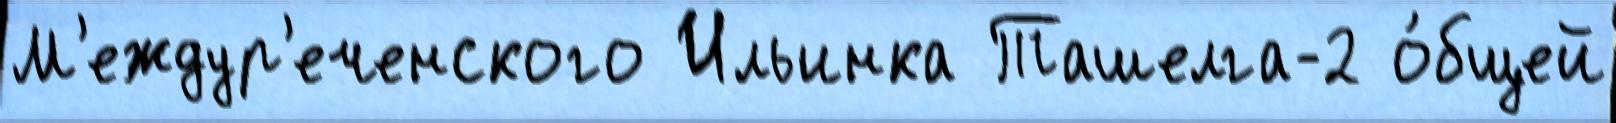
М'еждур'еченского Ильинка Ташелга-2 о́бщей